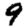
Digit: 9